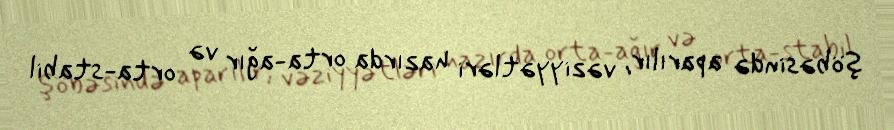
şöbəsində aparılır, vəziyyətləri hazırda orta-ağır və orta-stabil